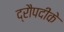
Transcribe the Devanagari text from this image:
द्रौपदीके